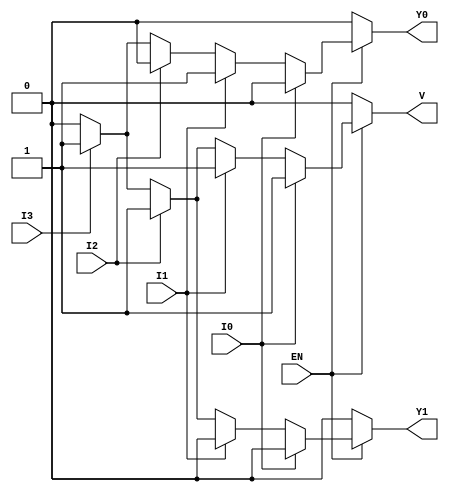
module priority_encoder_4_to_2 (
    input wire EN,    // Enable signal
    input wire I0,    // Input 0 (highest priority)
    input wire I1,    // Input 1
    input wire I2,    // Input 2
    input wire I3,    // Input 3 (lowest priority)
    output reg Y1,    // Output bit 1
    output reg Y0,    // Output bit 0
    output reg V      // Valid output indicator
);

always @(*) begin
    // Default outputs when EN is low
    if (!EN) begin
        Y1 = 0;
        Y0 = 0;
        V = 0;
    end else begin
        // Priority encoding logic
        if (I0) begin
            Y1 = 0; 
            Y0 = 0; 
            V = 1; // Valid output
        end else if (I1) begin
            Y1 = 0; 
            Y0 = 1; 
            V = 1; // Valid output
        end else if (I2) begin
            Y1 = 1; 
            Y0 = 0; 
            V = 1; // Valid output
        end else if (I3) begin
            Y1 = 1; 
            Y0 = 1; 
            V = 1; // Valid output
        end else begin
            // No inputs active
            Y1 = 0; 
            Y0 = 0; 
            V = 0; // Invalid output
        end
    end
end

endmodule